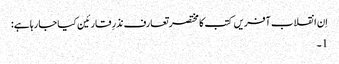
اِن انقلاب آفریں کتب کا مختصر تعارف نذرِ قارئین کیا جا رہا ہے:
1۔